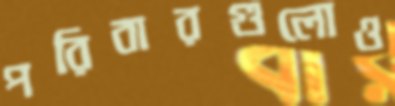
পরিবারগুলোও